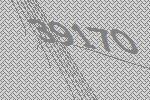
39170